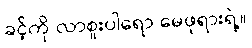
ခင့်ကို လာစူးပါရော မေဖုရားရဲ့။